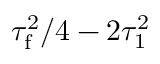
\tau _ { \mathrm { f } } ^ { 2 } / 4 - 2 \tau _ { 1 } ^ { 2 }